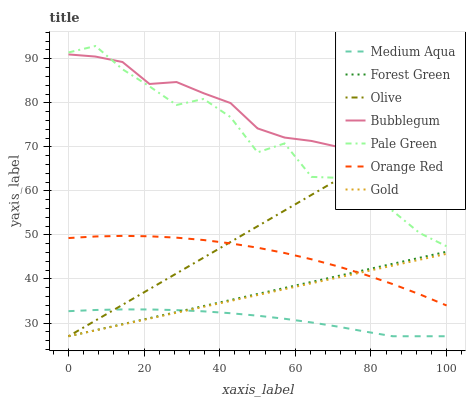
| xaxis_label | Medium Aqua | Forest Green | Olive | Bubblegum | Pale Green | Orange Red | Gold |
 | --- | --- | --- | --- | --- | --- | --- | --- |
 | 0 | 32.7 | 27 | 27 | 91 | 91.4 | 49.3 | 27 |
 | 7.14 | 33 | 28.4 | 30.6 | 90.5 | 92.9 | 49.7 | 28.3 |
 | 14.3 | 33.1 | 29.7 | 34.1 | 89.3 | 87.6 | 49.8 | 29.7 |
 | 21.4 | 33.1 | 31.1 | 37.7 | 84.3 | 83.7 | 49.7 | 31 |
 | 28.6 | 32.9 | 32.5 | 41.3 | 84.7 | 79.5 | 49.4 | 32.3 |
 | 35.7 | 32.7 | 33.9 | 44.8 | 82.2 | 80.9 | 48.8 | 33.7 |
 | 42.9 | 32.2 | 35.2 | 48.4 | 79.9 | 76.8 | 48.1 | 35 |
 | 50 | 31.7 | 36.6 | 52 | 74.2 | 68.8 | 47.1 | 36.4 |
 | 57.1 | 31 | 38 | 55.5 | 72.1 | 70.8 | 45.9 | 37.7 |
 | 64.3 | 30.1 | 39.3 | 59.1 | 71.3 | 63.2 | 44.5 | 39 |
 | 71.4 | 29.2 | 40.7 | 62.7 | 70 | 63 | 42.8 | 40.4 |
 | 78.6 | 28 | 42.1 | 66.2 | 64.4 | 58.2 | 40.9 | 41.7 |
 | 85.7 | 27 | 43.4 | 69.8 | 61.4 | 55.5 | 38.9 | 43 |
 | 92.9 | 27 | 44.8 | 73.4 | 63.2 | 50.4 | 36.5 | 44.4 |
 | 100 | 27 | 46.2 | 76.9 | 57.4 | 47.4 | 34 | 45.7 |